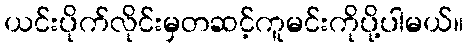
ယင်းပိုက်လိုင်းမှတဆင့်ကူမင်းကိုပို့ပါမယ်။